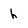
Character: h